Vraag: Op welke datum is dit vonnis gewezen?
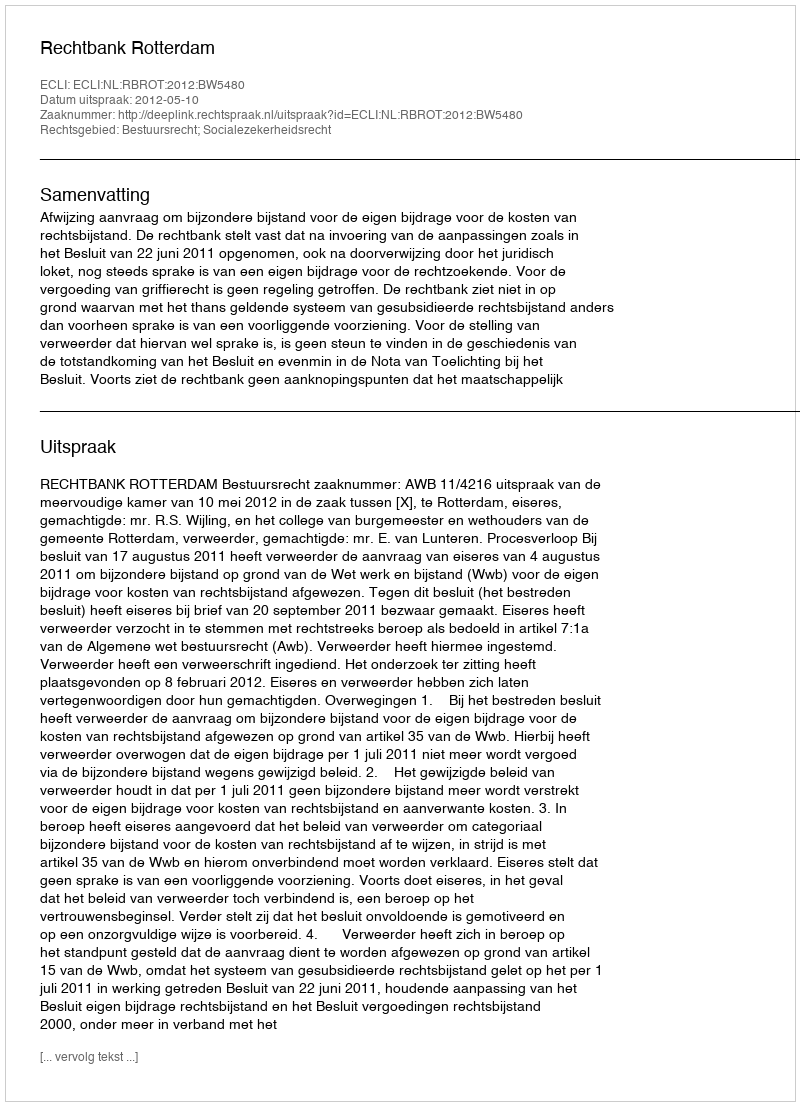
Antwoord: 2012-05-10